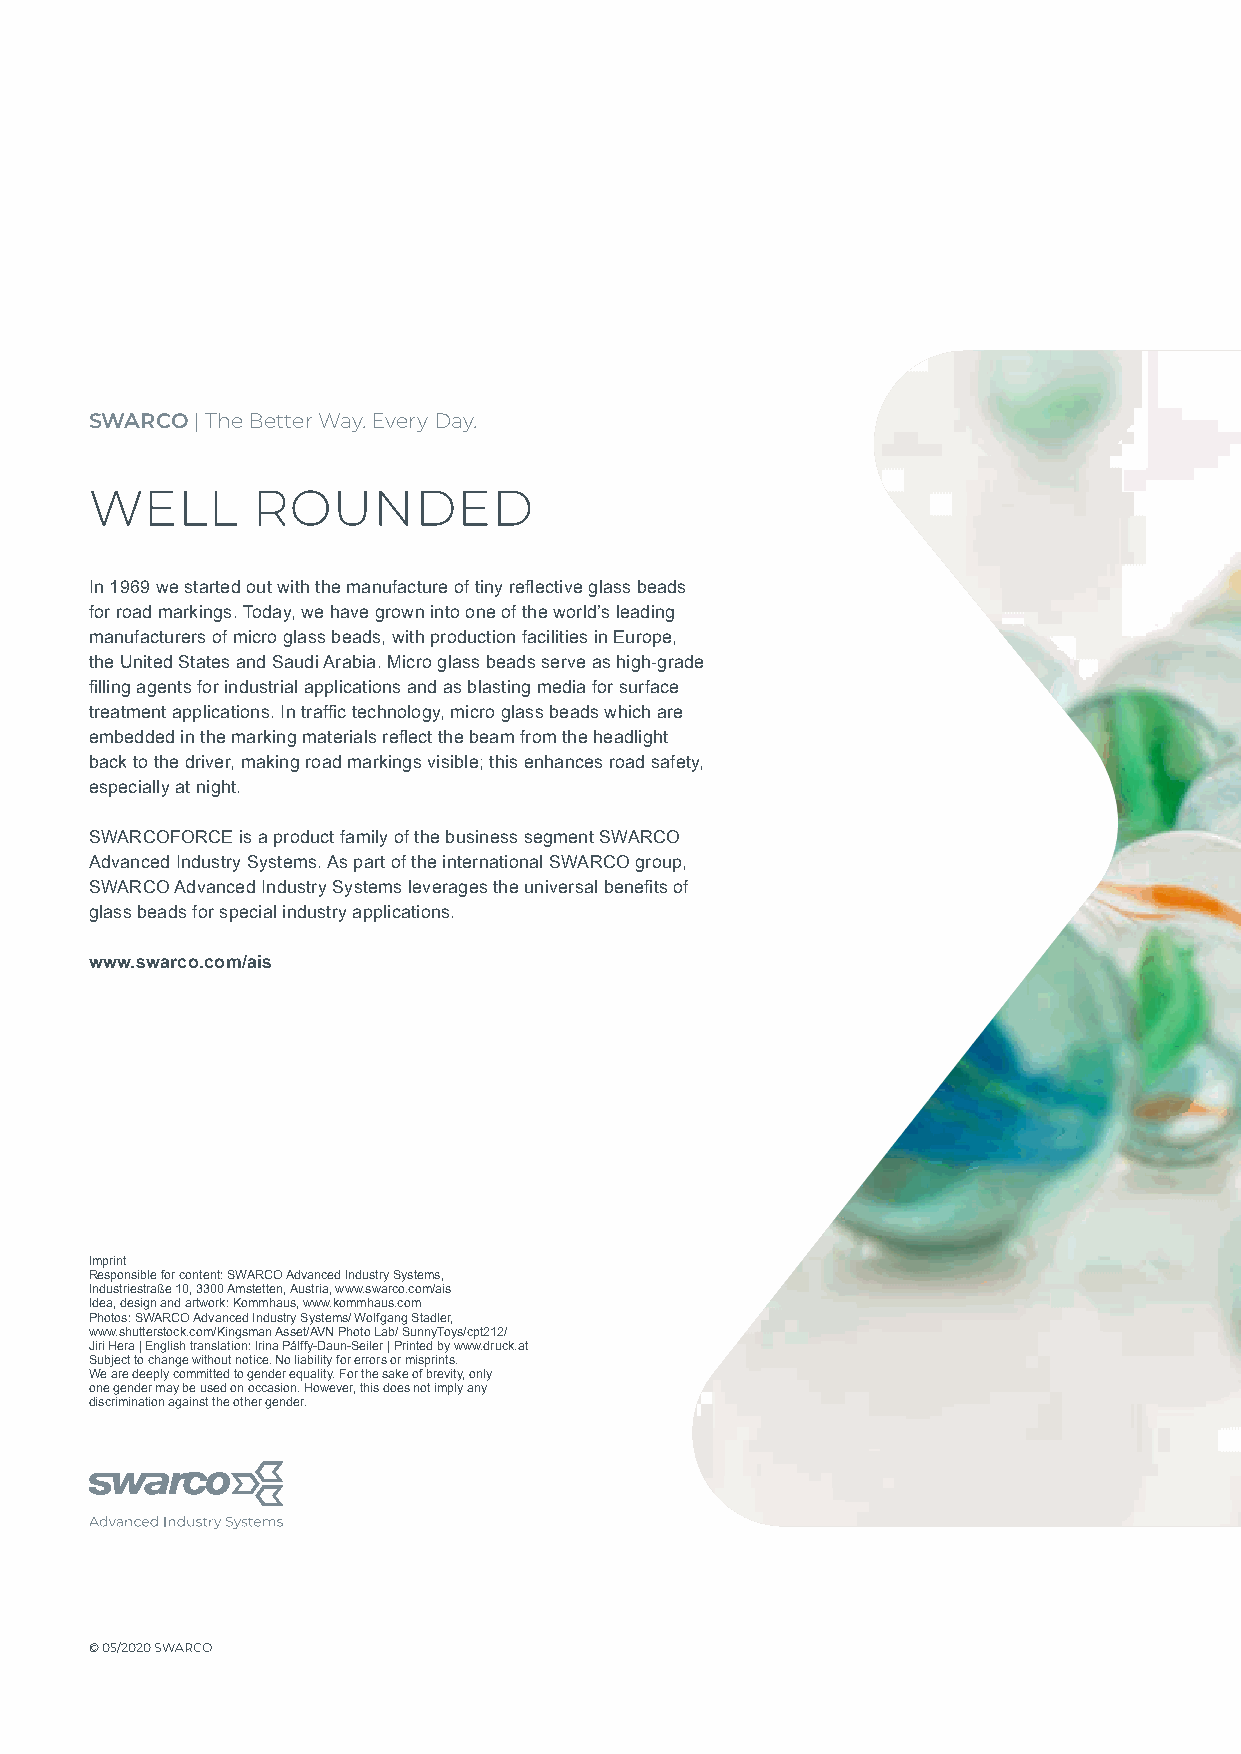
SWARCO | The Better Way. Every Day.
 WELL       ROUNDED
 In 1969 we started out with the manufacture of tiny reflective glass beads
 for road markings. Today, we have grown into one of the world’s leading
 manufacturers of micro glass beads, with production facilities in Europe,
 the United States and Saudi Arabia. Micro glass beads serve as high-grade
 filling agents for industrial applications and as blasting media for surface
 treatment applications. In traffic technology, micro glass beads which are
 embedded in the marking materials reflect the beam from the headlight
 back to the driver, making road markings visible; this enhances road safety,
 especially at night.
 SWARCOFORCE is a product family of the business segment SWARCO
 Advanced Industry Systems. As part of the international SWARCO group,
 SWARCO Advanced Industry Systems leverages the universal benefits of
 glass beads for special industry applications.
 www.swarco.com/ais
 Imprint
 Responsible for content: SWARCO Advanced Industry Systems,
 Industriestraße 10, 3300 Amstetten, Austria, www.swarco.com/ais
 Idea, design and artwork: Kommhaus, www.kommhaus.com
 Photos: SWARCO Advanced Industry Systems/ Wolfgang Stadler,
 www.shutterstock.com/Kingsman Asset/AVN Photo Lab/ SunnyToys/cpt212/
 Jiri Hera | English translation: Irina Pálffy-Daun-Seiler | Printed by www.druck.at
 Subject to change without notice. No liability for errors or misprints.
 We are deeply committed to gender equality. For the sake of brevity, only
 one gender may be used on occasion. However, this does not imply any
 discrimination against the other gender.
 © 05/2020 SWARCO